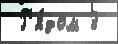
 Р'я́дом 3